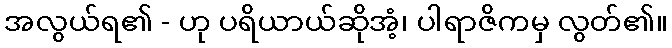
အလွယ်ရ၏ - ဟု ပရိယာယ်ဆိုအံ့၊ ပါရာဇိကမှ လွတ်၏။